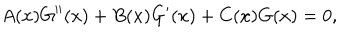
A ( x ) G ^ { \prime \prime } ( x ) + B ( x ) G ^ { \prime } ( x ) + C ( x ) G ( x ) = 0 ,